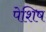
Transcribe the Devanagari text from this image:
पेशिष